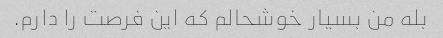
بله من بسیار خوشحالم که این فرصت را دارم.